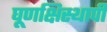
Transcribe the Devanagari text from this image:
घूणक्षिस्थापी